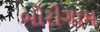
બોરીગામ